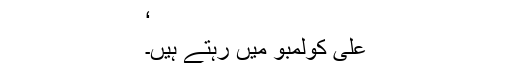
‘
علی کولمبو میں رہتے ہیں۔